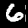
Digit: 6